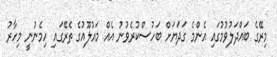
މިރޭގެ ބައްދަލުވުމުގައި އެންމެ ގަދަޔަށް ބަހުސްކުރެވުނު އެއް މައުލޫއުގެ ތެރޭގައި ހިމެނުނީ މިހާރު